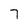
Character: 7